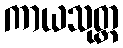
ကာယသုတ္တ